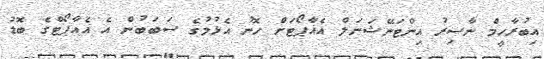
އިބުރާހީމް ނާސިރު އިންޓަނޭޝަނަލް އެއާޕޯޓަށް ހޮނު އެޅުމުގެ ސަބަބުން އެ އެއާޕޯޓްގެ ބޮޑު